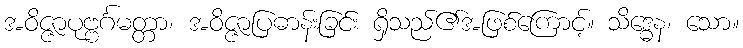
အဝိဇ္ဇာပုဗ္ဗင်္ဂမတ္တာ၊ အဝိဇ္ဇာပြဓာန်းခြင်း ရှိသည်၏အဖြစ်ကြောင့်။ သိဒ္ဓေန၊ သော။